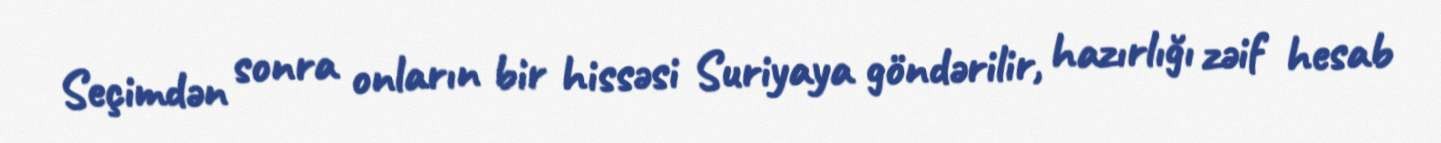
Seçimdən sonra onların bir hissəsi Suriyaya göndərilir, hazırlığı zəif hesab